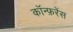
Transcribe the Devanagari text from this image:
काॅन्फ़रेंस